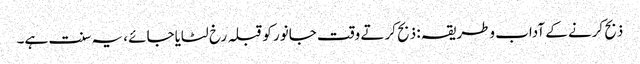
ذبح کرنے کے آداب وطریقہ : ذبح کرتے وقت جانور کوقبلہ رخ لٹایاجائے ، یہ سنت ہے۔